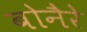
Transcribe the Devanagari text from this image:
बोनैरे